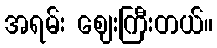
အရမ်း ဈေးကြီးတယ်။